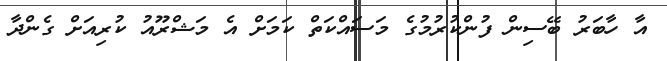
އާ ހާބަރު ބޭސިން ފުންކުރުމުގެ މަސައްކަތް ކަމަށް އެ މަޝްރޫއު ކުރިއަށް ގެންދާ